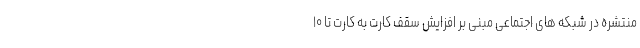
منتشره در شبکه های اجتماعی مبنی بر افزایش سقف کارت به کارت تا ۱۰